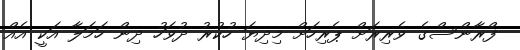
ފްރާންސްގެ ވެރިރަށް ޕެރިހަށް މިދިޔަ ހުކުރު ދުވަހު ދިން ހަމަލާ އަކީ އެއް